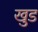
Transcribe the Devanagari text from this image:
खुड